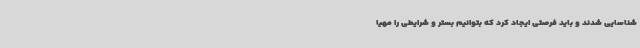
شناسایی شدند و باید فرصتی ایجاد کرد که بتوانیم بستر و شرایطی را مهیا